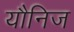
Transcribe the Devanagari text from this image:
यौनिज